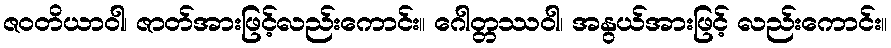
ဇဝတိယာဝါ၊ ဇာတ်အားဖြင့်လည်းကောင်း။ ဂေါတ္တဿဝါ၊ အနွယ်အားဖြင့် လည်းကောင်း။